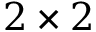
2 \times 2